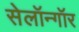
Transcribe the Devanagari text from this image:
सेलॉन्गॉर